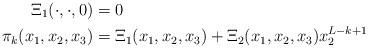
LaTeX: \begin{align*}\Xi_{1} (\cdot ,\cdot ,0)&=0\\\pi _{k} (x_{1} ,x_{2} ,x_{3} )&=\Xi_{1} (x_{1},x_2 ,x_{3} )+\Xi_{2} (x_{1},x_2 ,x_{3} )x_{2}^{L-k+1}\end{align*}